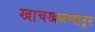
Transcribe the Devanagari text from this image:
खाचखळग्यातून